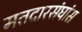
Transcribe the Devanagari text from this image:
मतदारसंघांस